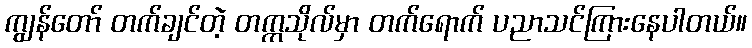
ကျွန်တော် တက်ချင်တဲ့ တက္ကသိုလ်မှာ တက်ရောက် ပညာသင်ကြားနေပါတယ်။